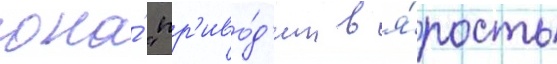
она́ "пр'иво́д'ит в я́рость